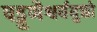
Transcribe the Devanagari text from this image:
षड्गुणैश्वर्ययुक्तो